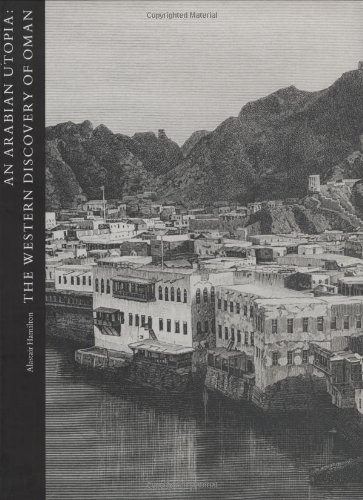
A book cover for An Arabian Utopia: The Western Discovery of Oman (Studies in the Arcadian Library); Alastair Hamilton; History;